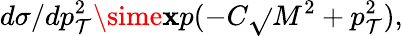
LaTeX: d\sigma/dp_{\mathcal{T}}^{2}\sime\mathbf{x}p(-C\sqrt{}{{M^{2}+p_{\mathcal{T}}^{2}}}),